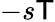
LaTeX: -s\mathsf{T}